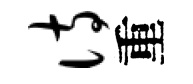
诗重